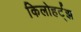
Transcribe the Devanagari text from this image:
किलोहर्ट्‌झ